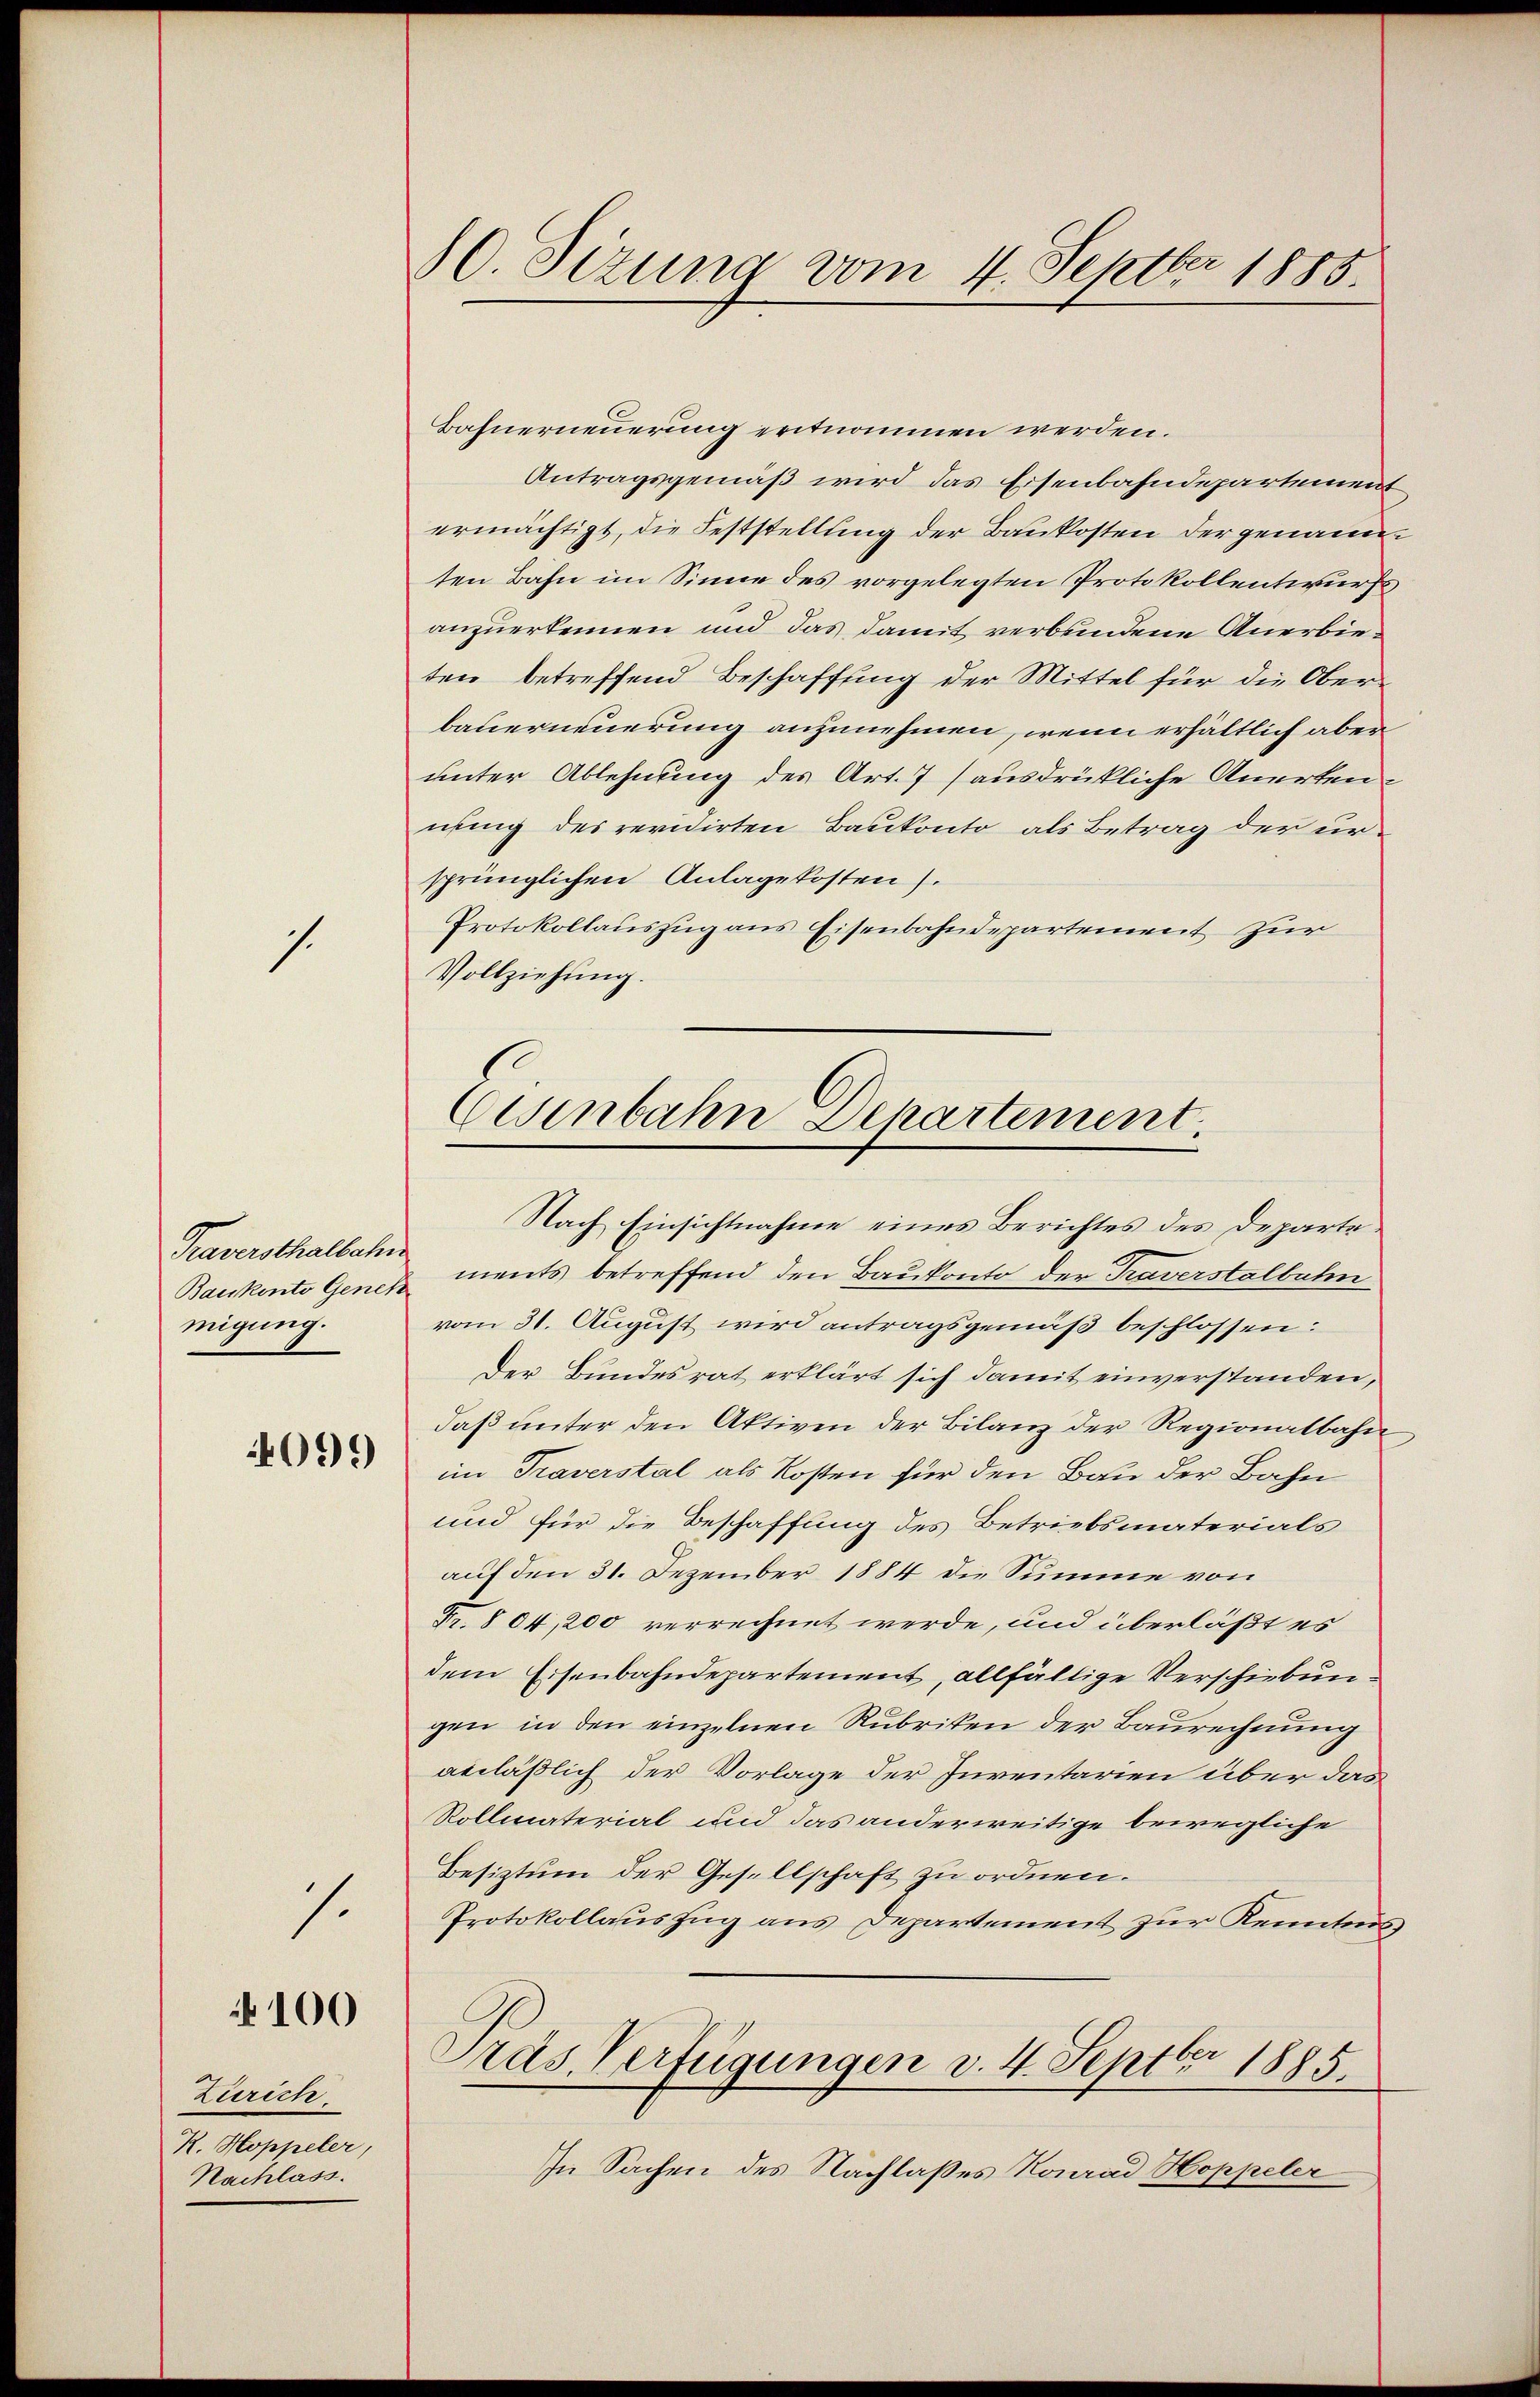
1.

Baukonto Geneh
migung.

4099

1.

100

Zürich.
R. Hoppeler,
Nachlass.

10. Sizung vom 4. Septbr 1885.

Bahnerneuerung entnommen werden.
Antragsgemäß wird das Eisenbahndepartement
ermächtigt, die Feststellung der Baukosten der genannten Bahn im Sinne des vorgelegten Protokollentwurfs
anzuerkennen und das damit verbundene Anerbieten betreffend Beschaffung der Mittel für die Oberbauerneuerung anzunehmen, wenn erhältlich aber
unter Ablehnung des Art. 7 (ausdrükliche Anerkennung des revidirten Baukonto als Betrag der ursprünglichen Anlagekosten).
Protokollauszug aus Eisenbahndepartement zur
Vollziehung.

Eisenbahn Departement

Nach Einsichtnahme eines Berichtes des Departe¬
Taversthalbani ments betreffend den Baukonto der Traverstalbahn
vom 31. August wird antragsgemäß beschlossen:
Der Bundesrat erklärt sich damit einverstanden,
daß unter den Aktiven der Bilanz der Regionalbahn
im Traverstal als Kosten für den Bau der Bahn
und für die Beschaffung des Betriebsmaterials
auf den 31. Dezember 1884 die Summe von
Fr. 804, 200 verrechnet werde, und überläßt es
dem Eisenbahndepartement, allfällige Verschiebungen in den einzelnen Rubriken der Baurechnung
anläßlich der Vorlage der Inventarien über das
Rollmaterial und das anderweitige bewegliche
Besiztum der Gesellschaft zu ordnen.
Protokollauszug aus Departement zur Kenntnis
Pras Verfügungen v. 4. Septbr 1885.
In Sachen des Nachlaßes Konrad Hoppeler